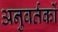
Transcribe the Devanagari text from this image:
अनुवर्तकों